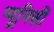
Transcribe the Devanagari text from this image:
प्यूनिसी